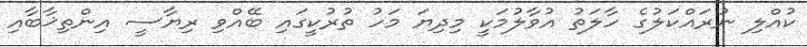
ކުއްލި ނުރައްކަލުގެ ހާލަތު އުވާލުމަކީ މިދިޔަ މަހު ތުރުކީގައި ބޭއްވި ރިޔާސީ އިންތިޚާބާއި